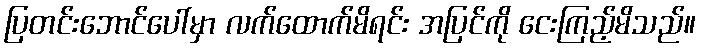
ပြတင်းဘောင်ပေါ်မှာ လက်ထောက်မိရင်း အပြင်ကို ငေးကြည့်မိသည်။